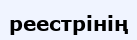
реестрінің